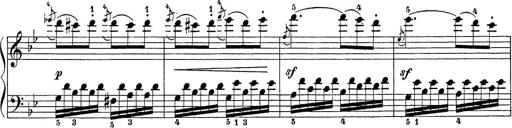
Title: Sonatina Album
Composer: Louis KÃ¶hler